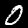
Digit: 0